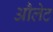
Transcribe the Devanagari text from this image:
औलेट